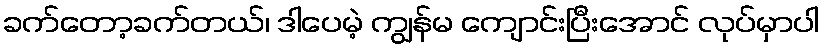
ခက်တော့ခက်တယ်၊ ဒါပေမဲ့ ကျွန်မ ကျောင်းပြီးအောင် လုပ်မှာပါ